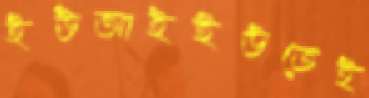
ইউআইইউতেই